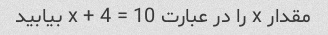
مقدار x را در عبارت x + 4 = 10 بیابید